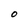
Character: O